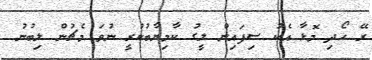
ރޭ ހޯދި މޮޅާ އެކު ސިފައިން ލީގު ކާމިޔާބުކުރީ ނުވަ މެޗުން ލިބުނު